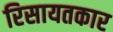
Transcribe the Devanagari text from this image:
रिसायतकार